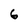
Character: 6